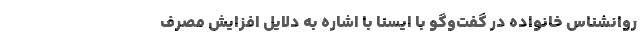
روانشناس خانواده در گفت‌وگو با ایسنا با اشاره به دلایل افزایش مصرف